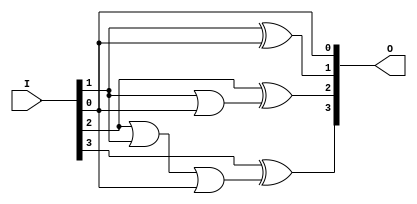
// Ch07 two_com_assign.v
// 2's  (assign z)

module two_com_assign (I, O);
input  [3:0] I;		// I |J
output [3:0] O;		// O |X

// assign z
assign O[0] = I[0];
assign O[1] = I[1] ^ I[0];
assign O[2] = I[2] ^ (I[1] | I[0]);
assign O[3] = I[3] ^ (I[2] | I[1] | I[0]);

endmodule